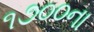
૧૭૦૦ના